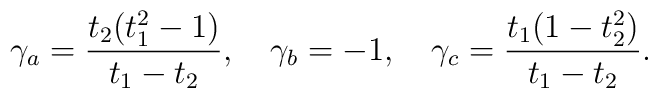
\gamma_a = {t_2 (t_1^2 -1)\over t_1 - t_2} ,\quad\gamma_b = - 1, \quad \gamma_c = {t_1 (1- t_2^2) \over t_1 - t_2}.